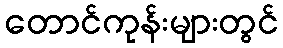
တောင်ကုန်းများတွင်